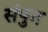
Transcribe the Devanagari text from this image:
संपुन